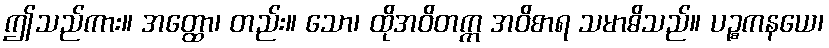
ဤသည်ကား။ အတ္ထော၊ တည်း။ သော၊ ထိုအဝိတက္က အဝိစာရ သမာဓိသည်။ ပဉ္စကနယေ၊